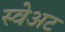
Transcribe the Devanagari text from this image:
स्वेअट